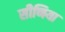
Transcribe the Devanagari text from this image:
सीणिया